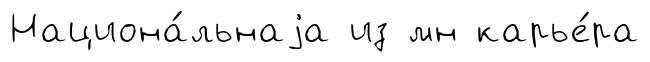
Национа́льнаjа из мн карье́ра